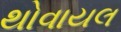
થોવાયલ